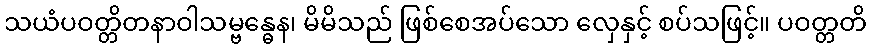
သယံပဝတ္တိတနာဝါသမ္ဗန္ဓေန၊ မိမိသည် ဖြစ်စေအပ်သော လှေနှင့် စပ်သဖြင့်။ ပဝတ္တတိ